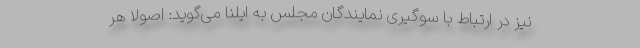
نیز در ارتباط با سوگیری نمایندگان مجلس به ایلنا می‌گوید: اصولاً هر